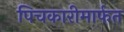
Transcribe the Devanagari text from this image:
पिचकारीमार्फत